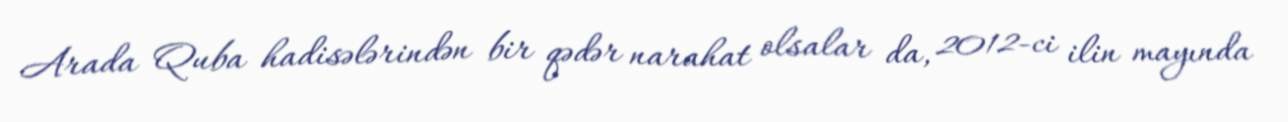
Arada Quba hadisələrindən bir qədər narahat olsalar da, 2012-ci ilin mayında